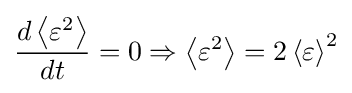
{\dfrac {d\left\langle \varepsilon ^{2}\right\rangle }{dt}}=0\Rightarrow \left\langle \varepsilon ^{2}\right\rangle =2\left\langle \varepsilon \right\rangle ^{2}